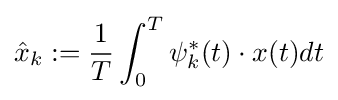
{\hat {x}}_{k}:={\frac {1}{T}}\int _{0}^{T}\psi _{k}^{*}(t)\cdot x(t)dt